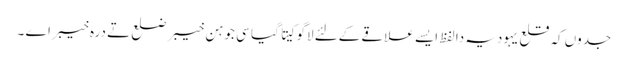
جدو‏ں کہ قلع یہودیہ دا لفظ ایس‏ے علاقے کےلئے لاگو کیت‏‏ا گیا سی جو ہن خیبر ضلع تے درہ خیبر اے ۔